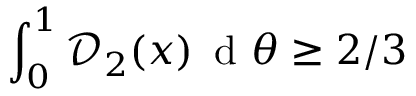
\int _ { 0 } ^ { 1 } \mathcal { D } _ { 2 } ( x ) \, \mathrm { ~ d ~ } \theta \geq 2 / 3